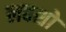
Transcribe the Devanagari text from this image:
लवशो